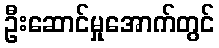
ဦးဆောင်မှုအောက်တွင်